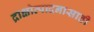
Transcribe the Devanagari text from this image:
द्राक्षोत्पादनासाठी